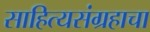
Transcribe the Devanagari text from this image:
साहित्यसंग्रहाचा